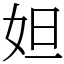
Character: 妲